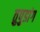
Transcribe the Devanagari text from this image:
तुपुडांग